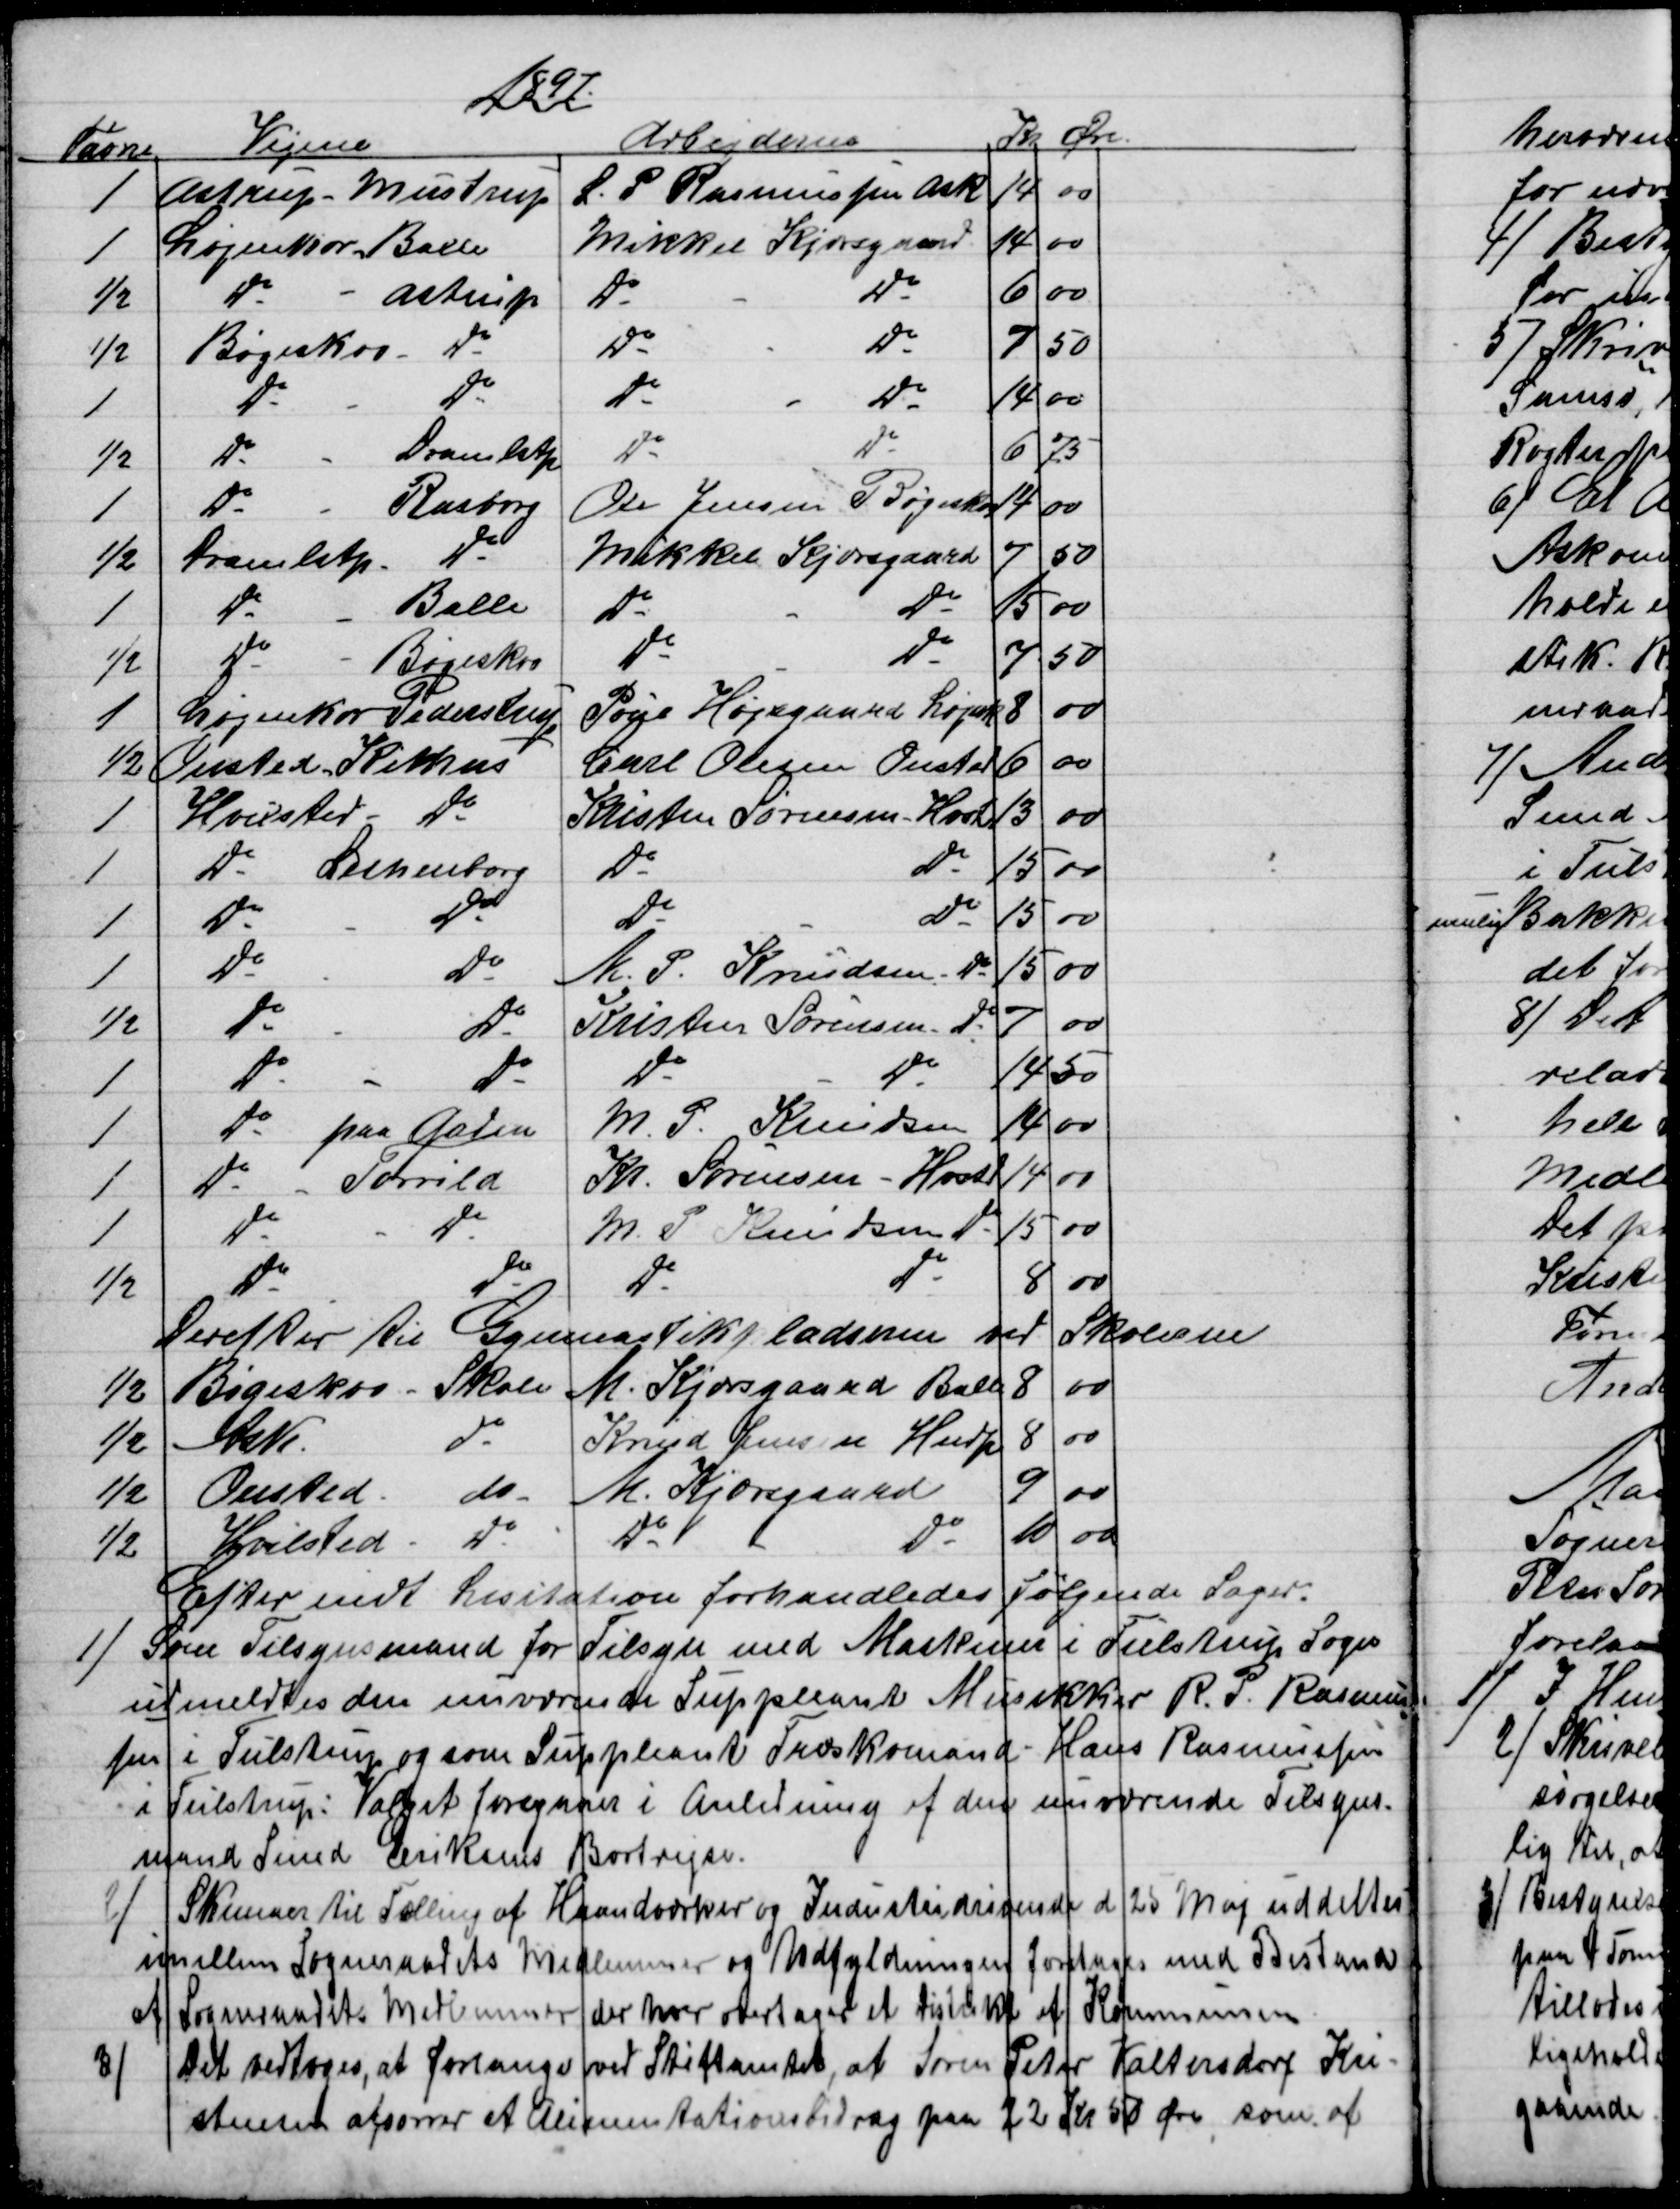
Transskription:
1897
Favne
Vejene
Arbejderne
Kr 
Øre
1
Astrup - Mustrup
L. P. Rasmussen Ask
14
00
1
Løjenkær - Balle
Mikkel Kjærsgaard
14
00
½
Do
Astrup
Do
Do
6
00
½
Bøgeskov - Do
Do
Do
7
50
1
Do
Do
Do
Do
14
00
½
Do
Dramlstp
Do
Do
6
75
1
Do
Rasborg
Ole Jensen  Bøgeskov
14
00
½
Dramlstp Do
Mikkel Kjærsgaard
7
50
1
Do
Balle
Do
Do
15
00
½
Do
Bøgeskov
Do
Do
7
50
1
Løjenkær Pederstrup
Poul Højsgaard Løjenk
8
00
½
Onsted Kithus
Carl Olesen Onsted
6
00
1
Hvilsted - Do
Kristen Sørensen Hvst
13
00
1
Do 
Lethenborg
Do
Do
15
00
1
Do
Do
Do
Do
15
00
1
Do
Do
M. P. Knudsen Do
15
00
½
Do
Do
Kristen Sørensen Do
7
00
1
Do
Do
Do
Do
14
50
1
Do
paa Gaden
M. P. Knudsen
14
00
1
Do 
Torrild
Kr. Sørensen - Hvstd
14
00
1
Do
Do
M. P. Knudsen Do
15
00
½
Do
Do
Do
Do
8
00
Derefter til Gymnastikpladserne ved Skolerne
½
Bøgeskov - Skole
M. Kjærsgaard Balle
8
00
½
Ask
do
Knud Jensen Hndp
8
00
½
Onsted
do
M. Kjærsgaard
9
00
½
Hvilsted
Do
Do
Do
10
00
Efter endt Lisitation forhandledes Følgende Sager.
1) 
Som Tilsynsmand for Tilsyn med Maskiner i Tulstrup Sogn
udmeldtes den nuværende Suppleant Musikker R. P. Rasmus
=
sen i Tulstrup og som Suppleant Træskomand - Hans Rasmussen
i Tulstrup: Valget foregaaer i Anledning af den nuværende Tilsyns-
mand Smed Eriksens Bortrejse.
2) 
Skemaer til Tælling af Haandværker og Industridrivende d. 25 Maj uddeltes
imellem Sogneraadets Medlemmer og Udfyldningen foretages med Bistand
af Sogneraadets Medlemmer der hver overtager et Distrikt af Kommunen.
3)
Det vedtoges, at forlange ved Stiftamtet, at Søren Peter Kaltersdorf Kri-
stensen afsoner et Alimentationsbidrag paa 22 Kr 50 Øre, som af